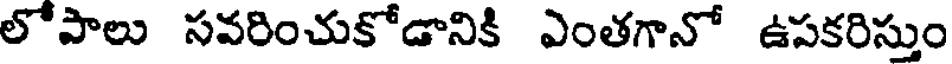
లోపాలు సవరించుకోడానికి ఎంతగానో ఉపకరిస్తుం